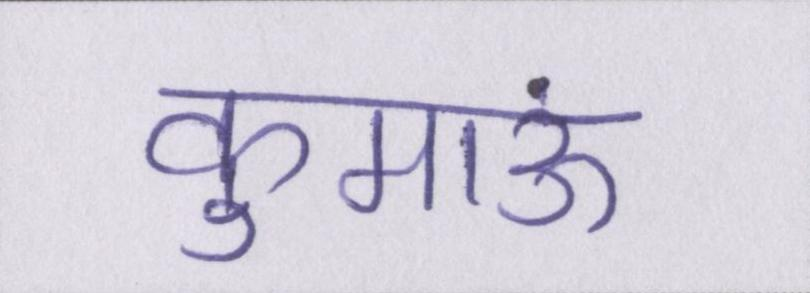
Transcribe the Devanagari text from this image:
कुमाऊं